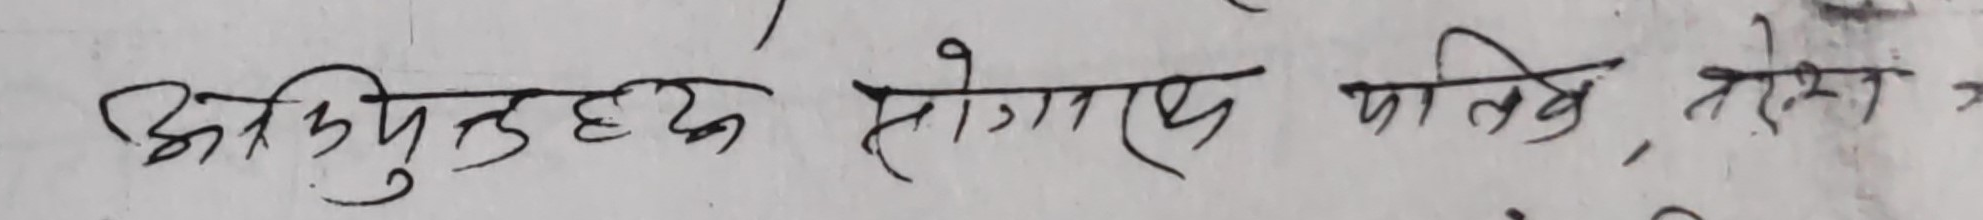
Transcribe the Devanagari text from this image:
अतिकुपृद्वयं सोगाएप पत्तिवे, तसे